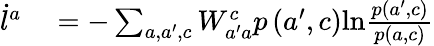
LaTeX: \begin{array}{rl}{\dot{l}^{a}}&{{}=-\sum_{a,a^{\prime},c}W_{a^{\prime}a}^{c}p\left(a^{\prime},c\right)\mathrm{ln}\frac{p\left(a^{\prime},c\right)}{p\left(a,c\right)}}\end{array}